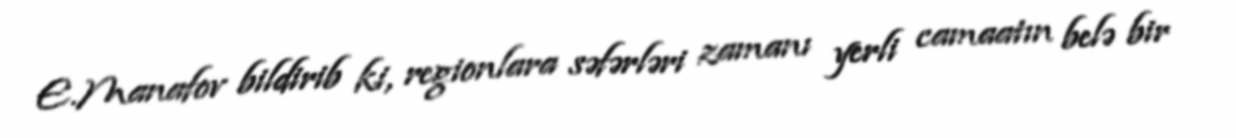
E.Manafov bildirib ki, regionlara səfərləri zamanı yerli camaatın belə bir